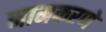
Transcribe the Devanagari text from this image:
नामकरणे